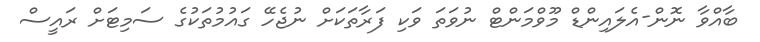
ބާއްވާ ނޮން-އެލައިންޑް މޫވްމަންޓް ނުވަތަ ވަކި ފަރާތަކަށް ނުޖެހޭ ގައުމުތަކުގެ ސަމިޓަށް ރައީސް